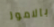
بالامور